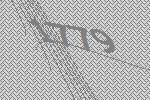
1779